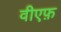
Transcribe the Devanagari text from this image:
वीएफ़